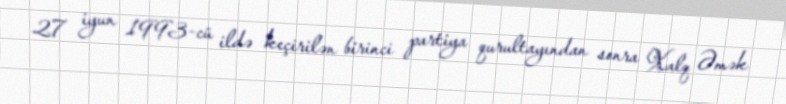
27 iyun 1993-cü ildə keçirilən birinci partiya qurultayından sonra Xalq Əmək